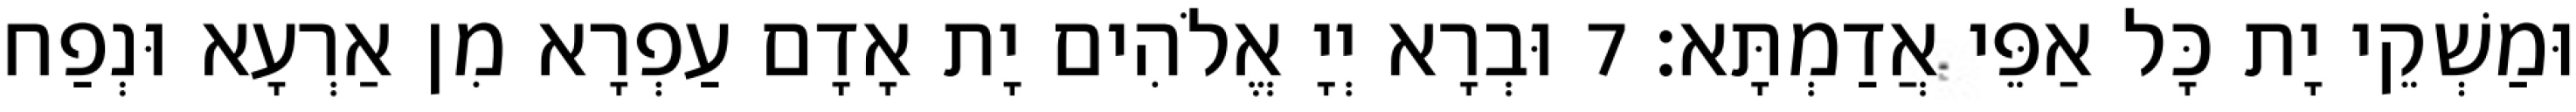
וּמַשְׁקֵי יָת כָּל אַפֵּי אֲדַמְתָּא׃ 7 וּבְרָא יְיָ אֱלֹהִים יָת אָדָם עַפְרָא מִן אַרְעָא וּנְפַח